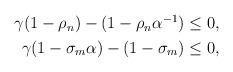
LaTeX: \begin{align*} \begin{aligned} \gamma(1-\rho_n)-(1-\rho_n\alpha^{-1})\leq0, \\ \gamma(1-\sigma_m\alpha)-(1-\sigma_m)\leq0, \end{aligned} \end{align*}